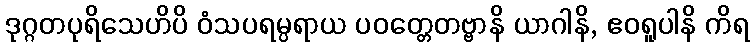
ဒုဂ္ဂတပုရိသေဟိပိ ဝံသပရမ္ပရာယ ပဝတ္တေတဗ္ဗာနိ ယာဂါနိ, ဧဝရူပါနိ ကိရ